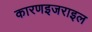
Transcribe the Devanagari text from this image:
कारणइजराइल